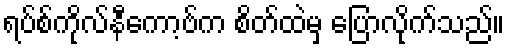
ရပ်စ်ကိုလ်နီကော့ဗ်က စိတ်ထဲမှ ပြောလိုက်သည်။